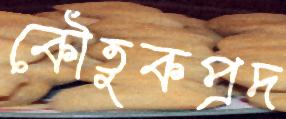
কৌতুকপ্রদ